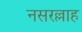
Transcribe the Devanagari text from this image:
नसरल्लाह